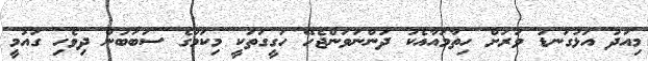
މިއަދު އަޅުގަނޑު ވަރަށް ހިތާމައާއެކު ދަންނަވަންޖެހޭ ހަގީގަތަކީ މިކަމުގެ ސަބަބުން ދިވެހި ގައުމީ